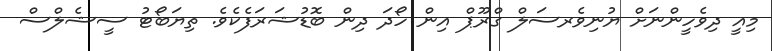
މިއީ ދިވެހީންނަށް ޔުނިވެރސަލް ގްރޫޕް އިން ހޯދަ ދިން ބޮޑުޝަރަފެކެވެ. ތިޔަބޯޓު ސީޝެލްސް